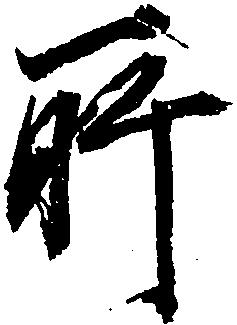
所